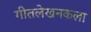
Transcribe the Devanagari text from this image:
गीतलेखनकला